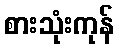
စားသုံးကုန်